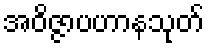
အဝိဇ္ဇာပဟာနသုတ်